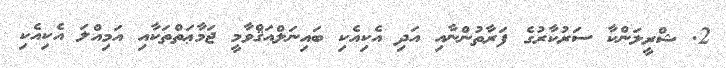
2. ޝްރީލަންކާ ސަރުކާރުގެ ފަރާތުންނާއި އަދި އެކިއެކި ބައިނަލްއަޤްވާމީ ޖަމާޢަތްތަކާއި އަމިއްލަ އެކިއެކި